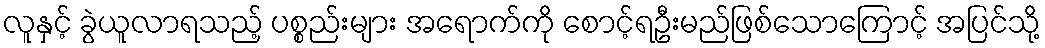
လူနှင့် ခွဲယူလာရသည့် ပစ္စည်းများ အရောက်ကို စောင့်ရဦးမည်ဖြစ်သောကြောင့် အပြင်သို့